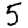
Digit: 5